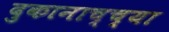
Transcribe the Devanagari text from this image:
दुकानाच्च्या